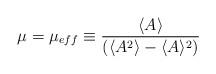
LaTeX: \begin{align*}\mu = \mu_{eff} \equiv \frac{\langle A \rangle}{(\langle A^2 \rangle - \langle A \rangle ^2) }\end{align*}